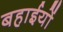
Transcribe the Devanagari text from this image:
बहाईयों